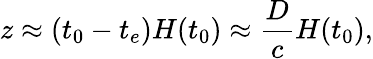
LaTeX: z\approx(t_{0}-t_{e})H(t_{0})\approx{\frac{D}{c}}H(t_{0}),